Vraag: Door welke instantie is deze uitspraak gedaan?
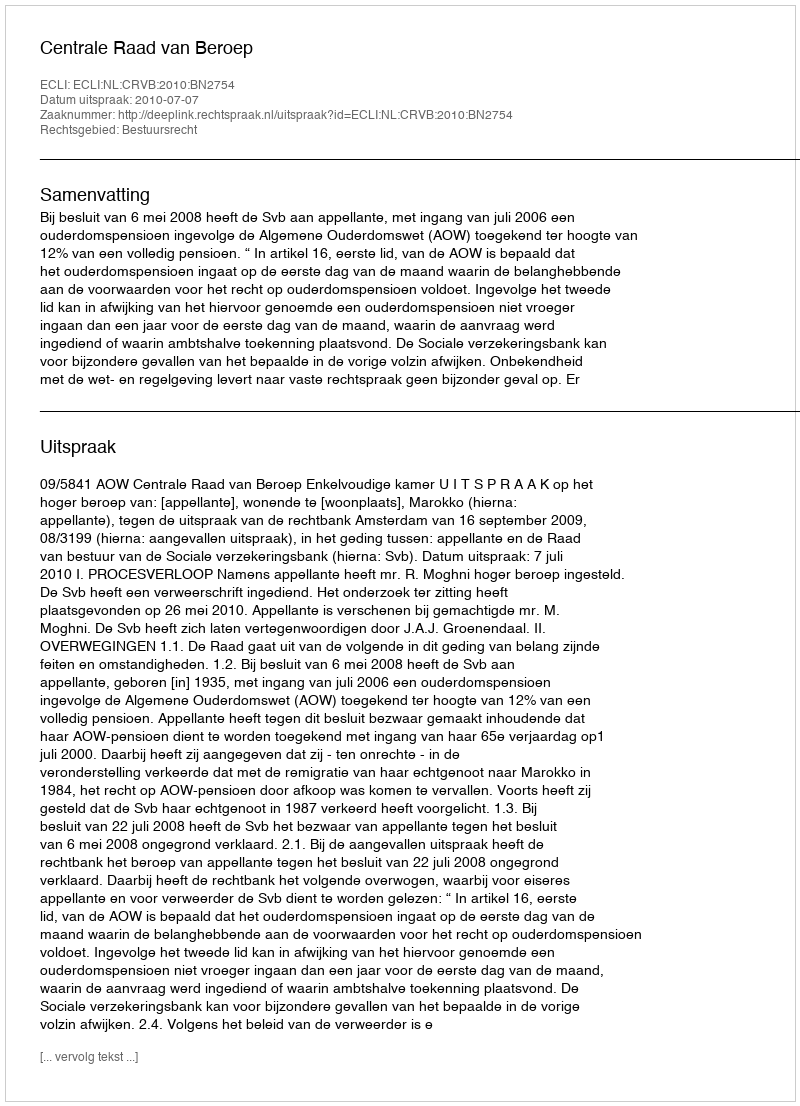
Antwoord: Centrale Raad van Beroep